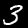
Digit: 3